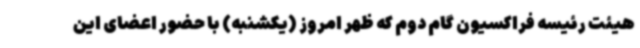
هیئت رئیسه فراکسیون گام دوم که ظهر امروز (یکشنبه) با حضور اعضای این